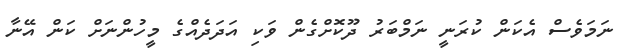
ނަމަވެސް އެކަން ކުރަނީ ނަމްބަރު ދޫކޮށްގެން ވަކި އަދަދެއްގެ މީހުންނަށް ކަން އޭނާ